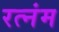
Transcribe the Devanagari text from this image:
रत्नंम